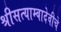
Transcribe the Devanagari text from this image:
श्रीसत्याम्बादेवीचे